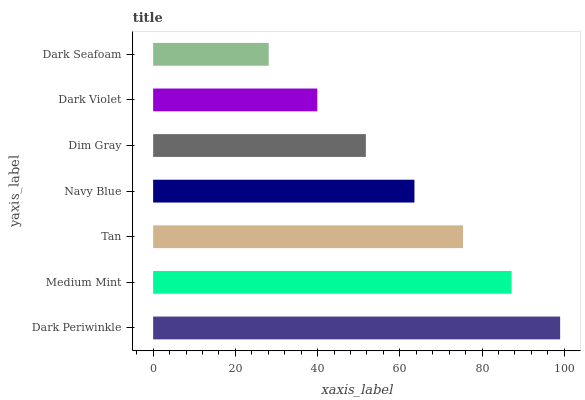
| yaxis_label | bars |
 | --- | --- |
 | Dark Periwinkle | 99 |
 | Medium Mint | 87.2 |
 | Tan | 75.4 |
 | Navy Blue | 63.6 |
 | Dim Gray | 51.7 |
 | Dark Violet | 39.9 |
 | Dark Seafoam | 28.1 |